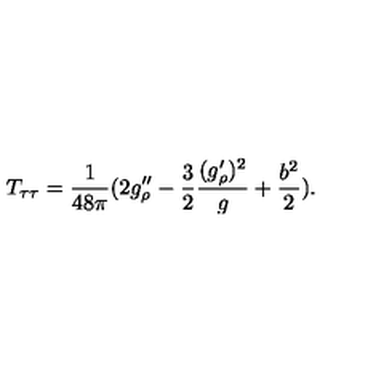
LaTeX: T _ { \tau \tau } = { \frac { 1 } { 4 8 \pi } } ( 2 g _ { \rho } ^ { \prime \prime } - { \frac { 3 } { 2 } } { \frac { ( g _ { \rho } ^ { \prime } ) ^ { 2 } } { g } } + { \frac { b ^ { 2 } } { 2 } } ) .